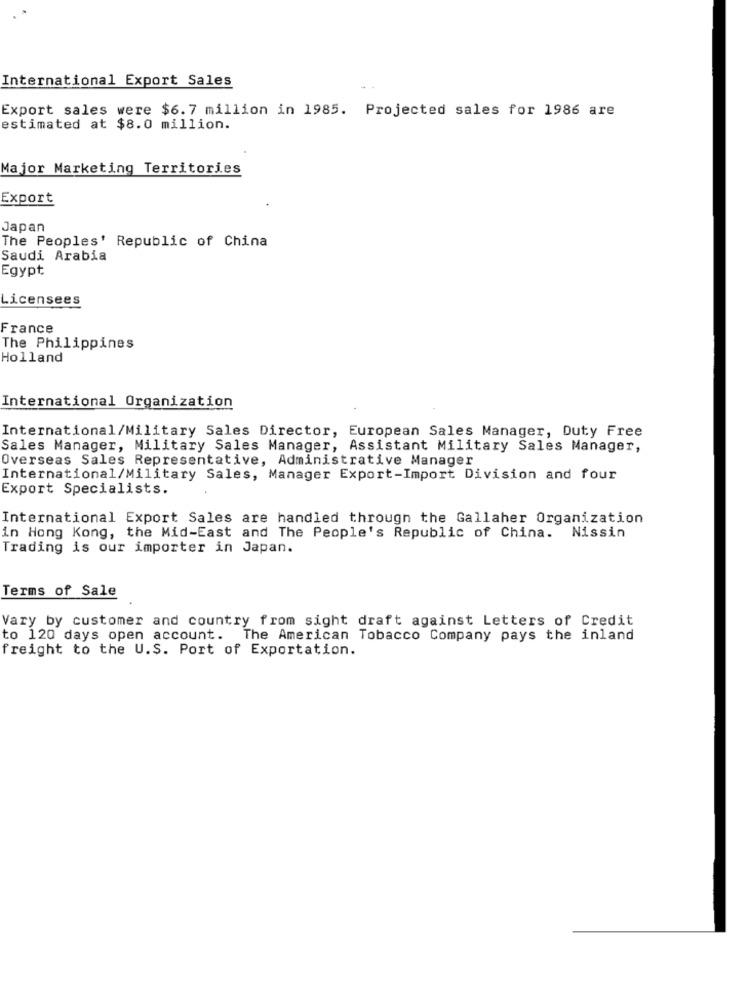
International Export Sales
Export sales were $6.7 million in 1985. Projected sales for 1986 are
estimated at $8.0 million.
Major Marketing Territories
Export
Japan
The Peoples' Republic of China
Saudi Arabia
Egypt
Licensees
France
The Philippines
Holland
International Organization
International/Military Sales Director, European Sales Manager, Duty Free
Sales Manager, Military Sales Manager, Assistant Military Sales Manager,
Overseas Sales Representative, Administrative Manager
International/Military Sales, Manager Export-Import Division and four
Export Specialists.
International Export Sales are handled through the Gallaher Organization
in Hong Kong, the Mid-East and The People's Republic of China. Nissin
Trading is our importer in Japan.
Terms of Sale
Vary by customer and country from sight draft against Letters of Credit
to 120 days open account. The American Tobacco Company pays the inland
freight to the U.S. Port of Exportation.